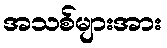
အသစ်များအား